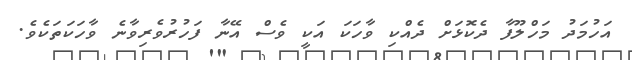
އަހުމަދު މަހްލޫފާ ދެކޮޅަށް ދެއްކި ވާހަކަ އަކީ ވެސް އޭނާ ފަހުރުވެރިވާނެ ވާހަކަތަކެވެ.